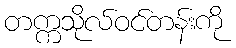
တက္ကသိုလ်ဝင်တန်းကို